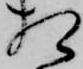
相